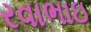
રવાભાઇ